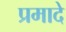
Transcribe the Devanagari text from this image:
प्रमादे